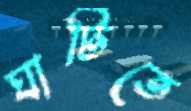
ঘাটিতে